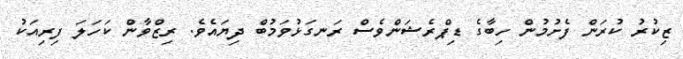
ޒިކުރު ކުރަން ފެށުމުން ހިބާގެ ޑިޕްރެޝަންވެސް ރަނގަޅުވަމުބް ދިޔައެވެ. ރިޒްވާން ކަހަލަ ފިރިއަކު